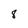
Character: 8